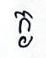
ក្ង